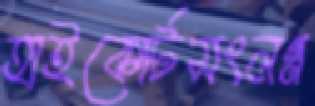
হাইকোর্টসংলগ্ন